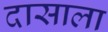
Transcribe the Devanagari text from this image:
दासाला